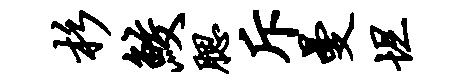
杉鲛腮斥曼坦